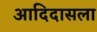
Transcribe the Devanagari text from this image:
आदिदासला